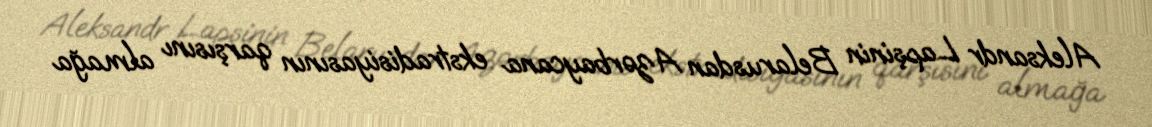
Aleksandr Lapşinin Belarusdan Azərbaycana ekstradisiyasının qarşısını almağa